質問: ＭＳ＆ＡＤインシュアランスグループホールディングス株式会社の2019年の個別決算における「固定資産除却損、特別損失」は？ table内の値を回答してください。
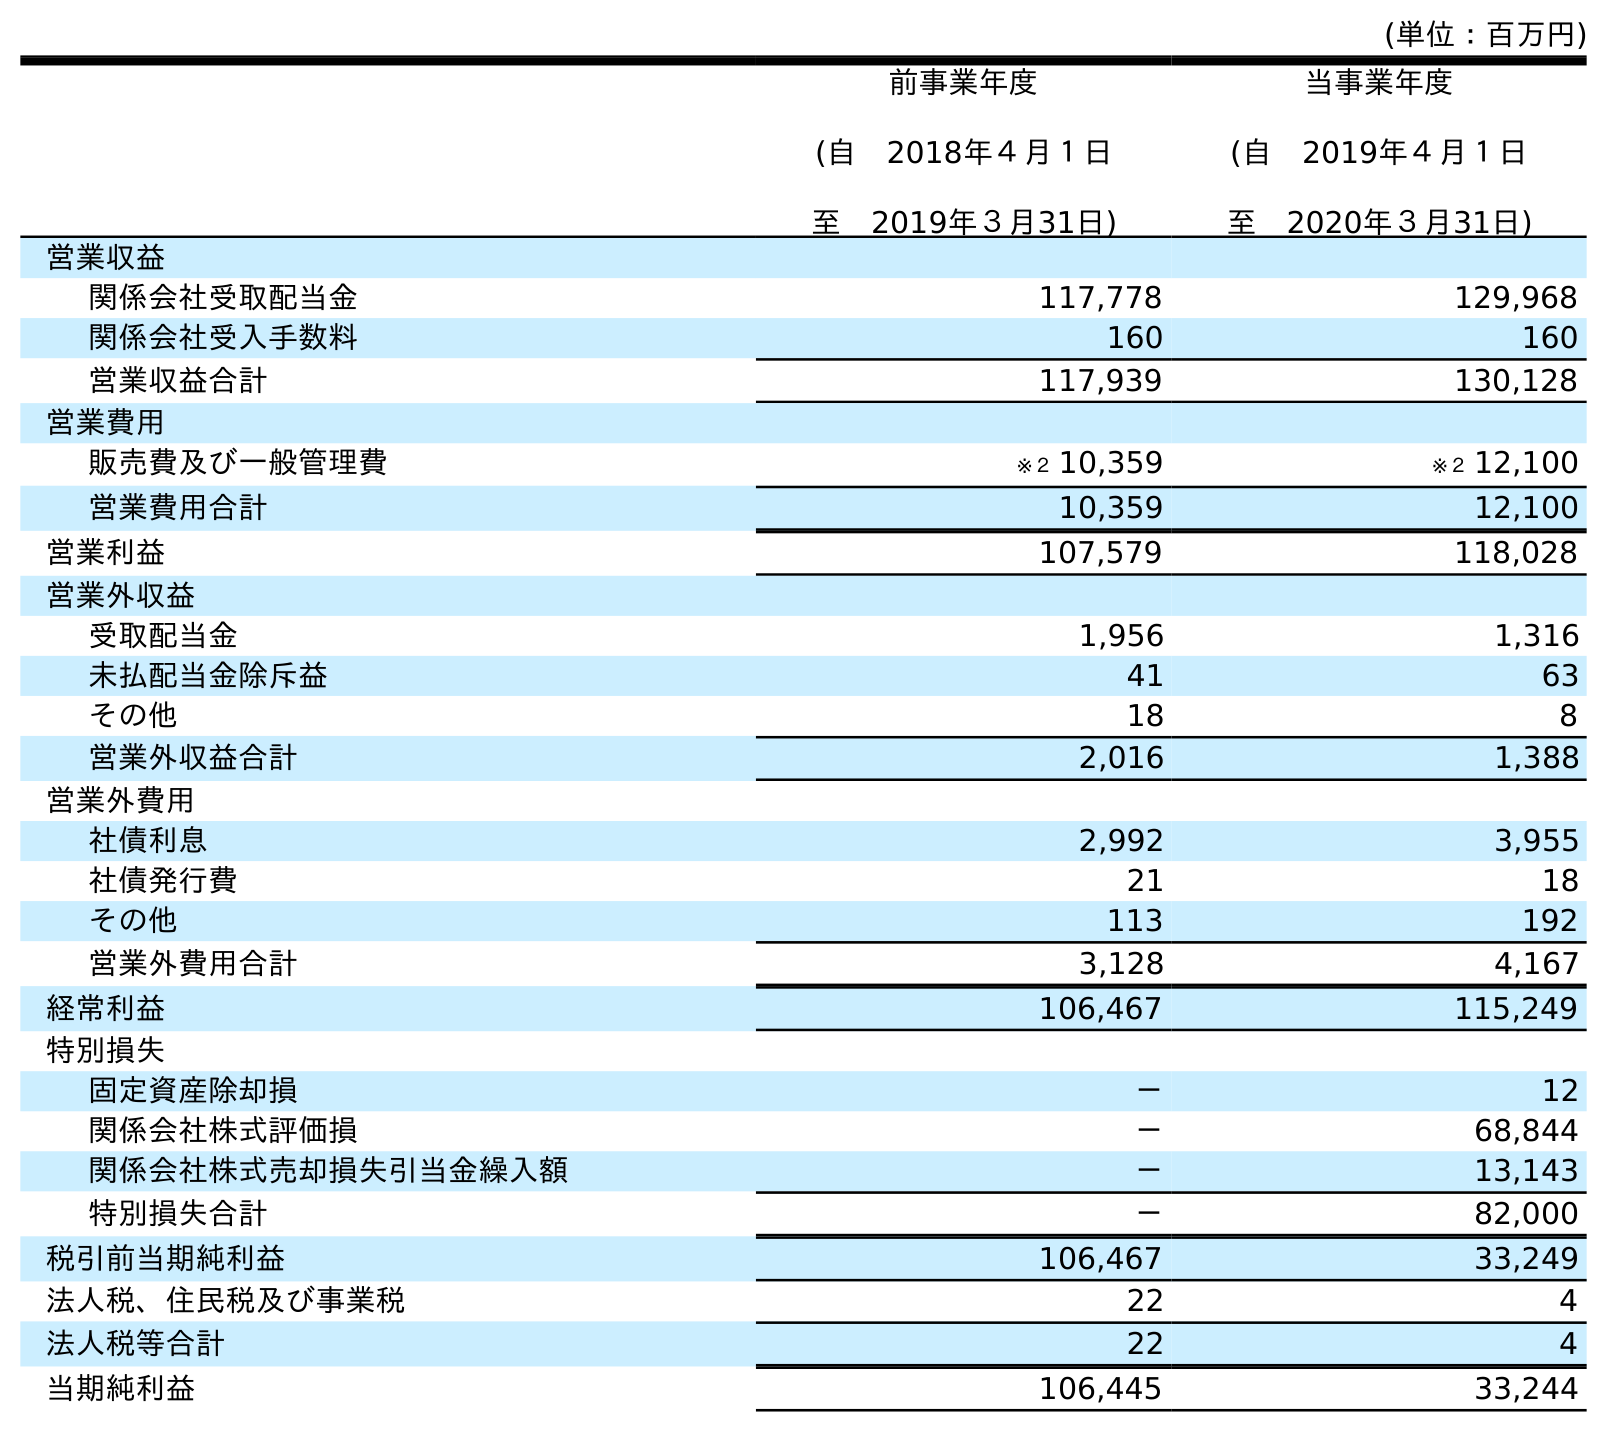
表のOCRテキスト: (単位：百万円) 前事業年度 (自 2018年４月１日 至 2019年３月31日) 当事業年度 (自 2019年４月１日 至 2020年３月31日) 営業収益 関係会社受取配当金 117,778 129,968 関係会社受入手数料 160 160 営業収益合計 117,939 130,128 営業費用 販売費及び一般管理費 ※２ 10,359 ※２ 12,100 営業費用合計 10,359 12,100 営業利益 107,579 118,028 営業外収益 受取配当金 1,956 1,316 未払配当金除斥益 41 63 その他 18 8 営業外収益合計 2,016 1,388 営業外費用 社債利息 2,992 3,955 社債発行費 21 18 その他 113 192 営業外費用合計 3,128 4,167 経常利益 106,467 115,249 特別損失 固定資産除却損 － 12 関係会社株式評価損 － 68,844 関係会社株式売却損失引当金繰入額 － 13,143 特別損失合計 － 82,000 税引前当期純利益 106,467 33,249 法人税、住民税及び事業税 22 4 法人税等合計 22 4 当期純利益 106,445 33,244
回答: －